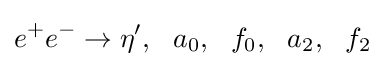
e^{+}e^{-}\to \eta ^{\prime },~~a_{0},~~f_{0},~~a_{2},~~f_{2}